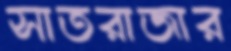
সাতরাজার